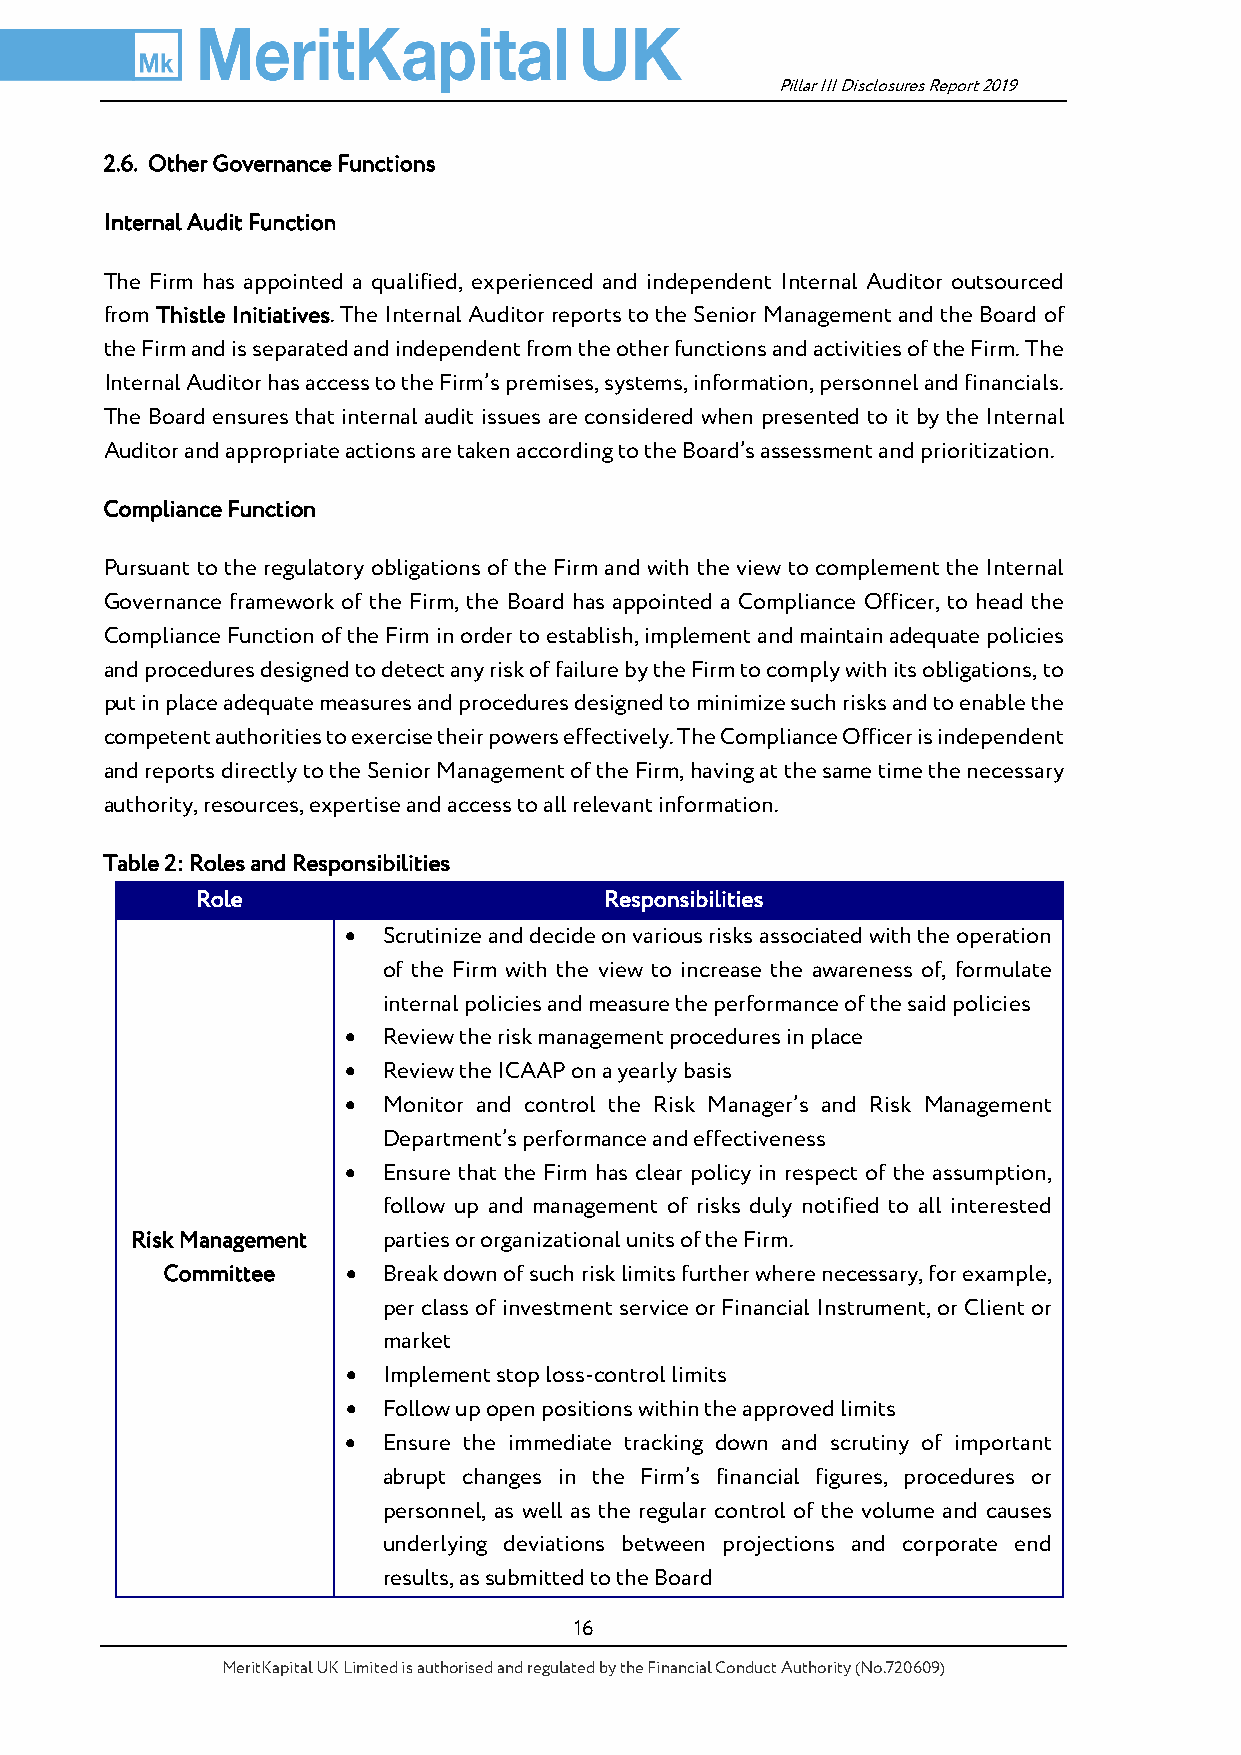
Pillar III Disclosures Report 2019
 2.6. Other Governance Functions
 Internal Audit Function
 The Firm has appointed a qualified, experienced and independent Internal Auditor outsourced
 from Thistle Initiatives. The Internal Auditor reports to the Senior Management and the Board of
 the Firm and is separated and independent from the other functions and activities of the Firm. The
 Internal Auditor has access to the Firm’s premises, systems, information, personnel and financials.
 The Board ensures that internal audit issues are considered when presented to it by the Internal
 Auditor and appropriate actions are taken according to the Board’s assessment and prioritization.
 Compliance Function
 Pursuant to the regulatory obligations of the Firm and with the view to complement the Internal
 Governance framework of the Firm, the Board has appointed a Compliance Officer, to head the
 Compliance Function of the Firm in order to establish, implement and maintain adequate policies
 and procedures designed to detect any risk of failure by the Firm to comply with its obligations, to
 put in place adequate measures and procedures designed to minimize such risks and to enable the
 competent authorities to exercise their powers effectively. The Compliance Officer is independent
 and reports directly to the Senior Management of the Firm, having at the same time the necessary
 authority, resources, expertise and access to all relevant information.
 Table 2: Roles and Responsibilities
 Role                       Responsibilities
 • Scrutinize and decide on various risks associated with the operation
 of the Firm with the view to increase the awareness of, formulate
 internal policies and measure the performance of the said policies
 • Review the risk management procedures in place
 • Review the ICAAP on a yearly basis
 • Monitor and control the Risk Manager’s and Risk Management
 Department’s performance and effectiveness
 • Ensure that the Firm has clear policy in respect of the assumption,
 follow up and management of risks duly notified to all interested
 Risk Management parties or organizational units of the Firm.
 Committee   • Break down of such risk limits further where necessary, for example,
 per class of investment service or Financial Instrument, or Client or
 market
 • Implement stop loss-control limits
 • Follow up open positions within the approved limits
 • Ensure the immediate tracking down and scrutiny of important
 abrupt changes in the Firm’s financial figures, procedures or
 personnel, as well as the regular control of the volume and causes
 underlying deviations between projections and corporate end
 results, as submitted to the Board
 16
 MeritKapital UK Limited is authorised and regulated by the Financial Conduct Authority (No.720609)